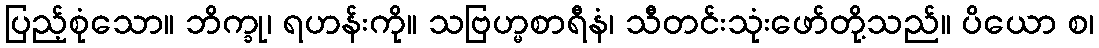
ပြည့်စုံသော။ ဘိက္ခု၊ ရဟန်းကို။ သဗြဟ္မစာရီနံ၊ သီတင်းသုံးဖော်တို့သည်။ ပိယော စ၊